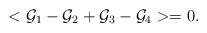
\begin{align*}<{\cal G}_1-{\cal G}_2+{\cal G}_3-{\cal G}_4>=0.\end{align*}